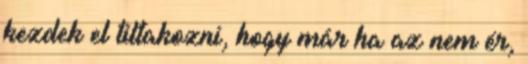
kezdek el tiltakozni, hogy már ha az nem ér,